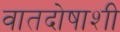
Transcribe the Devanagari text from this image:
वातदोषाशी